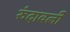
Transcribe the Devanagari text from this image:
रुंदावली